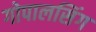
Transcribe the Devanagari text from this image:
गोपालसिंग